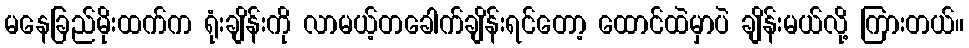
မနေခြည်မိုးထက်က ရုံးချိန်းကို လာမယ့်တခေါက်ချိန်းရင်တော့ ထောင်ထဲမှာပဲ ချိန်းမယ်လို့ ကြားတယ်။